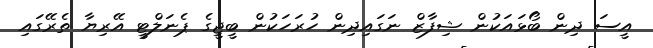
އީސަ ދިން ބޯޅައަކުން ޝިފާޒް ނަގައިދިން ހުރަހަކުން ބީޖީގެ ޕެނަލްޓީ އޭރިޔާ ތެރޭގައި